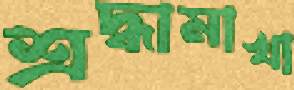
শ্রদ্ধামাখা